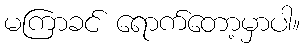
မကြာခင် ရောက်တော့မှာပါ။